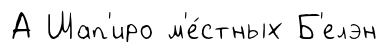
А Шап'иро м'е́стных Б'елэн